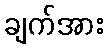
ချက်အား